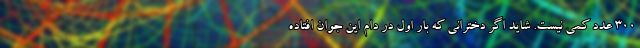
300 عدد کمی نیست. شاید اگر دخترانی که بار اول در دام این جوان افتاده